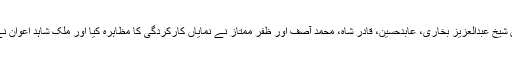
آخرمیں مہمانوں کیلیے پرتکلف عشائیہ کا اہتمام کیا گیا، انتظامی امور میں شیخ عبدالعزیز بخاری، عابدحسین، قادر شاہ، محمد آصف اور ظفر ممتاز نے نمایاں کارکردگی کا مظاہرہ کیا اور ملک شاہد اعوان نے انتظامی امور کے علاوہ فوٹو اور گرافی کمپوزنگ کا کام بھی انجام دیا۔